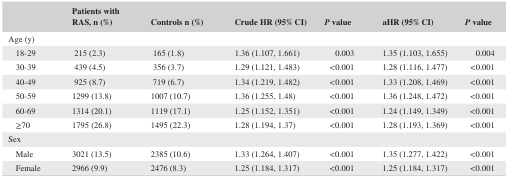
<table><thead><tr><td>[EMPTY_CELL]</td><td><b>Patients with RAS, n (%)</b></td><td><b>Controls n (%)</b></td><td><b>Crude HR (95% CI)</b></td><td><b><i>P</i> value</b></td><td><b>aHR (95% CI)</b></td><td><b><i>P</i> value</b></td></tr></thead><tbody><tr><td colspan="7">Age (y)</td></tr><tr><td>18‐29</td><td>215 (2.3)</td><td>165 (1.8)</td><td>1.36 (1.107, 1.661)</td><td>0.003</td><td>1.35 (1.103, 1.655)</td><td>0.004</td></tr><tr><td>30‐39</td><td>439 (4.5)</td><td>356 (3.7)</td><td>1.29 (1.121, 1.483)</td><td>&lt;0.001</td><td>1.28 (1.116, 1.477)</td><td>&lt;0.001</td></tr><tr><td>40‐49</td><td>925 (8.7)</td><td>719 (6.7)</td><td>1.34 (1.219, 1.482)</td><td>&lt;0.001</td><td>1.33 (1.208, 1.469)</td><td>&lt;0.001</td></tr><tr><td>50‐59</td><td>1299 (13.8)</td><td>1007 (10.7)</td><td>1.36 (1.255, 1.48)</td><td>&lt;0.001</td><td>1.36 (1.248, 1.472)</td><td>&lt;0.001</td></tr><tr><td>60‐69</td><td>1314 (20.1)</td><td>1119 (17.1)</td><td>1.25 (1.152, 1.351)</td><td>&lt;0.001</td><td>1.24 (1.149, 1.349)</td><td>&lt;0.001</td></tr><tr><td>≥70</td><td>1795 (26.8)</td><td>1495 (22.3)</td><td>1.28 (1.194, 1.37)</td><td>&lt;0.001</td><td>1.28 (1.193, 1.369)</td><td>&lt;0.001</td></tr><tr><td colspan="7">Sex</td></tr><tr><td>Male</td><td>3021 (13.5)</td><td>2385 (10.6)</td><td>1.33 (1.264, 1.407)</td><td>&lt;0.001</td><td>1.35 (1.277, 1.422)</td><td>&lt;0.001</td></tr><tr><td>Female</td><td>2966 (9.9)</td><td>2476 (8.3)</td><td>1.25 (1.184, 1.317)</td><td>&lt;0.001</td><td>1.25 (1.184, 1.317)</td><td>&lt;0.001</td></tr></tbody></table>